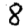
Digit: 8